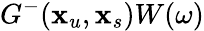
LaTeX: G^{-}(\textbf{x}_{u},\textbf{x}_{s})W(\omega)